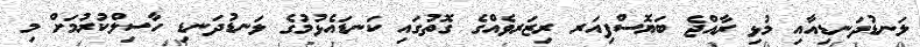
ލަނޑުދަނޑިއާއި މުޅި ރާއްޖެ ބަޔޮސްފިއަރ ރިޒަރވެއްގެ ގޮތުގައި ކަނޑައެޅުމުގެ ލަނޑުދަނޑި ހާސިލްކުރުމަށް މި